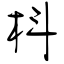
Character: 枓